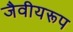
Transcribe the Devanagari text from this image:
जैवीयरूप